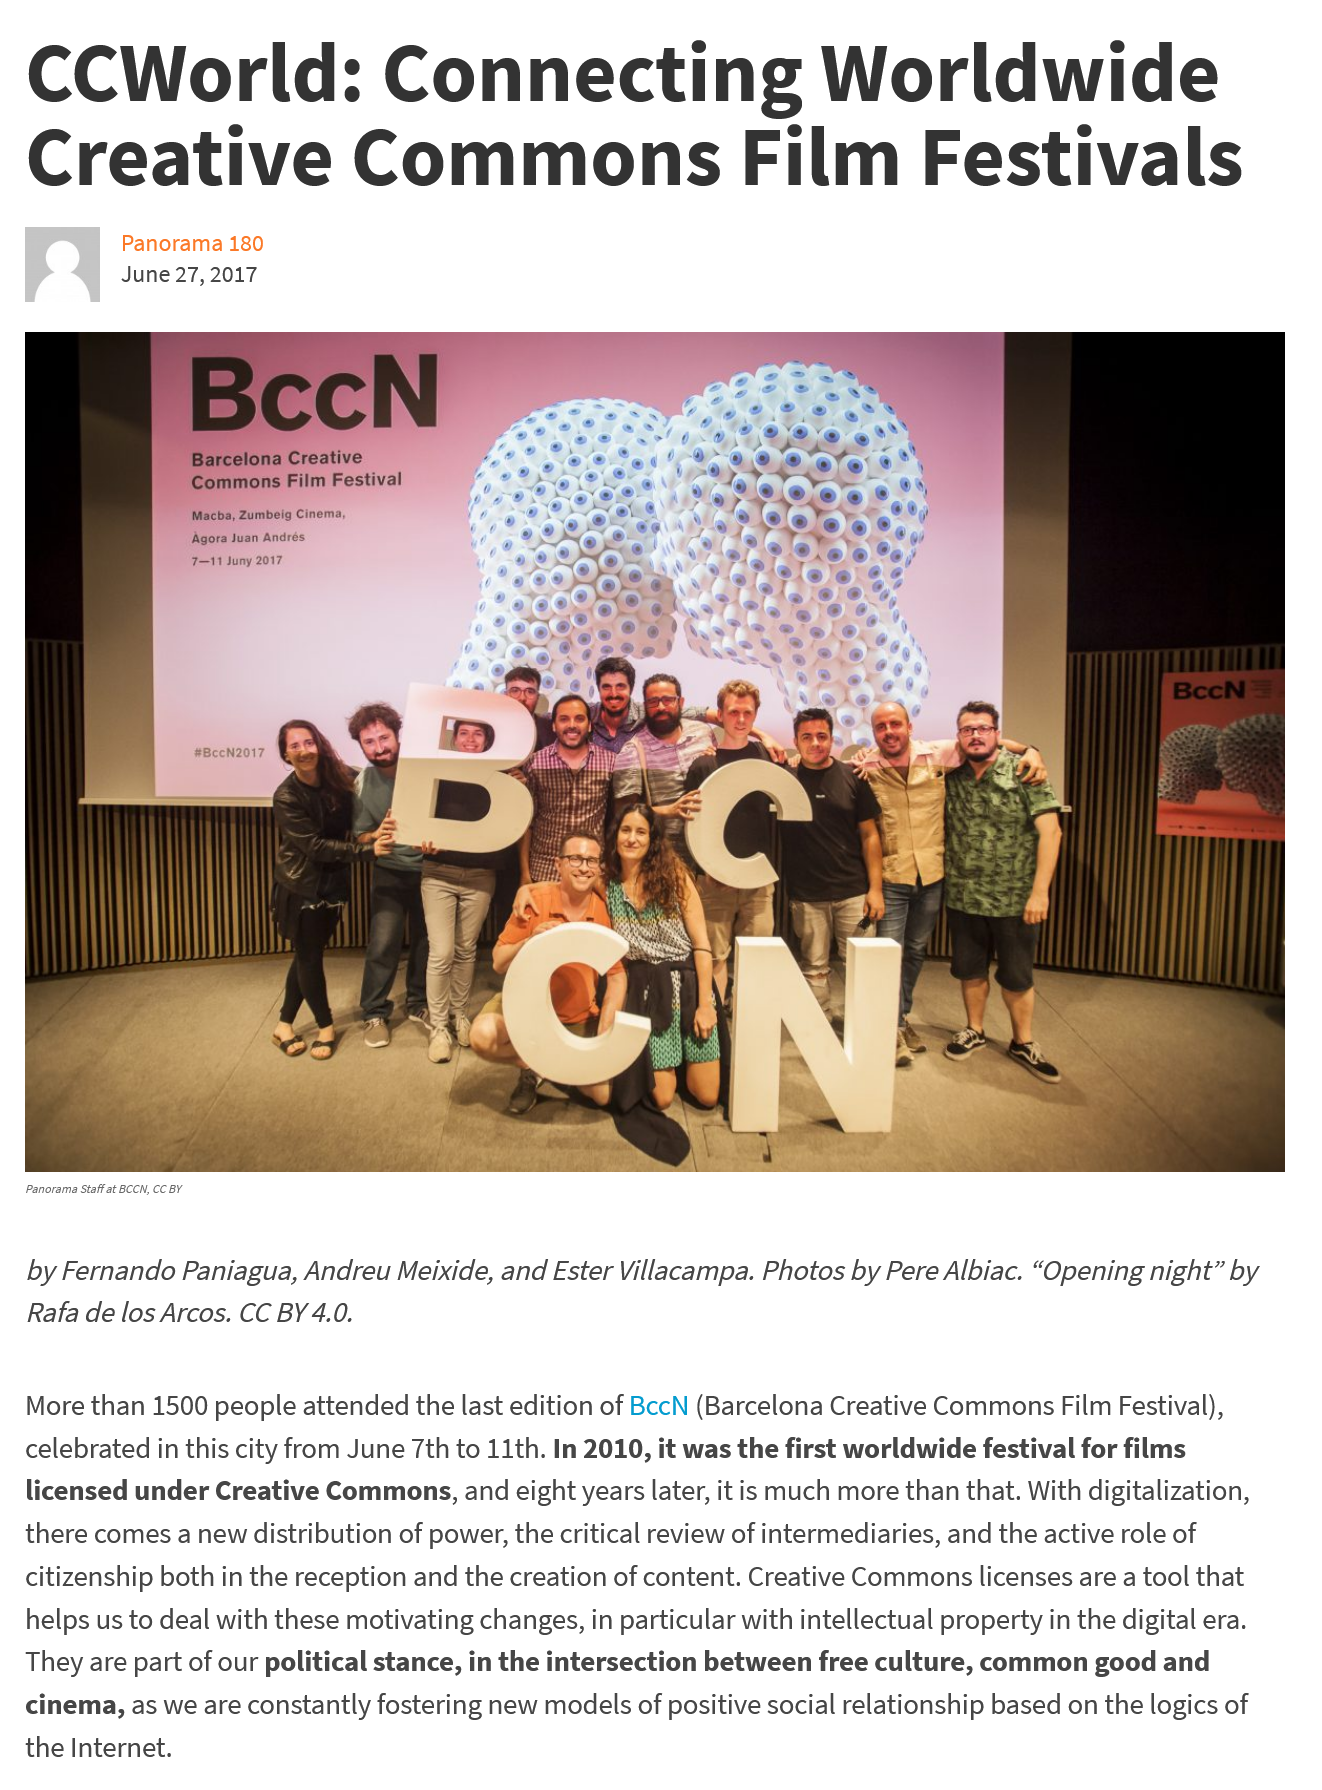
CCWorld:    Connecting    Worldwide
   Creative    Commons    Film    Festivals
     Barcelona Creative
     Commons Film Festival
     Macba, Zumbeig Cinema,
     Agora Juan An
     7=11 Juny
   More than 1500 people attended the last edition of BccN (Barcelona Creative Commons Film Festival),
  celebrated in this city from June 7th to 11th. In 2010, it was the first worldwide festival for films
   licensed under Creative Commons, and eight years later, it is much more than that. With digitalization,
  there comes a new distribution of power, the critical review of intermediaries, and the active role of
  citizenship both in the reception and the creation of content. Creative Commons licenses are a tool that
   helps us to deal with these motivating changes, in particular with intellectual property in the digital era.
  They are part of our political stance, in the intersection between free culture, common good and
  cinema, as we are constantly fostering new models of positive social relationship based on the logics of
  the Internet.
     Panorama 180
     June 27, 2017
  ‘Panorama Staff at BCCN, CC BY
   by Fernando Paniagua, Andreu Meixide, and Ester Villacampa. Photos by Pere Albiac. “Opening night” by
   Rafa de los Arcos. CC BY 4.0.